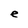
Character: e